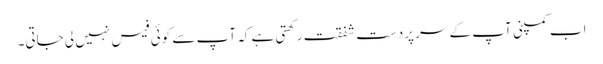
اب کمپنی آپ کے سر پردست شفقت رکھتی ہے کہ آپ سے کوئی فیس نہیں لی جاتی۔